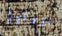
نورتون